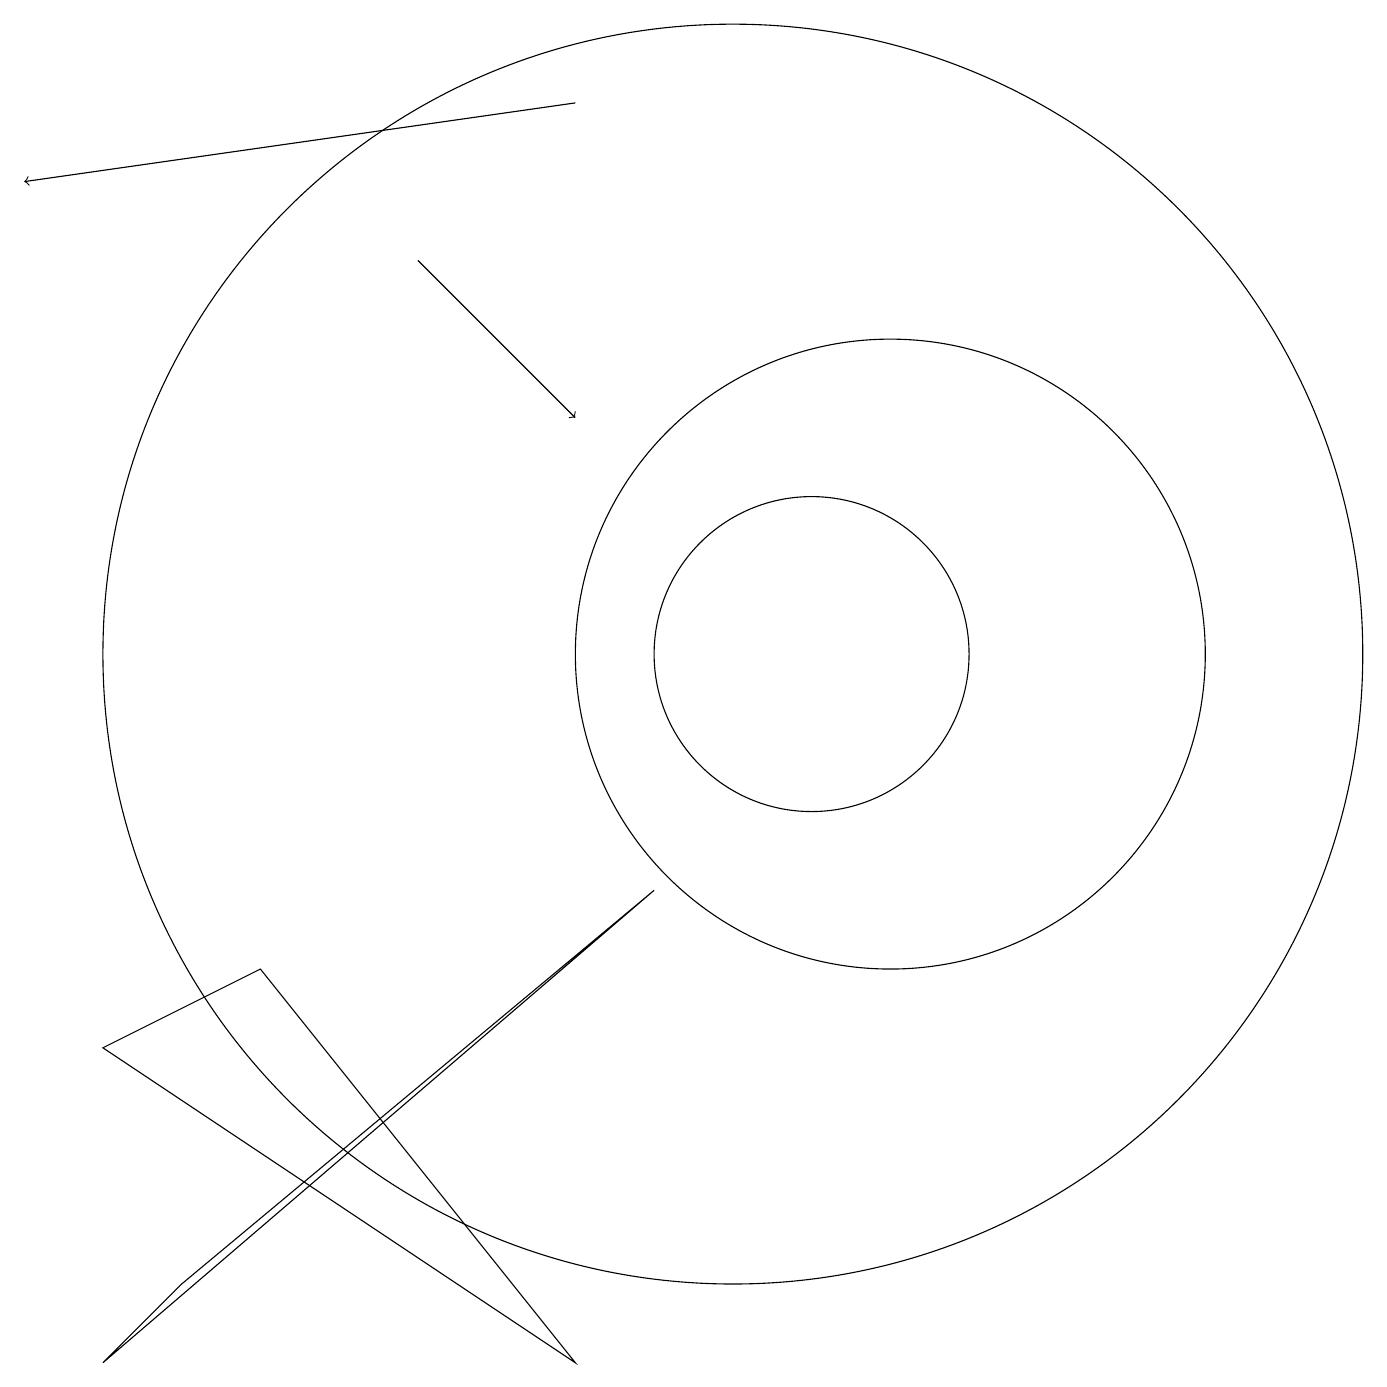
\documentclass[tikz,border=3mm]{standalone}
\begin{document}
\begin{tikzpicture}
\draw (8,2) -- (4,7) -- (2,6) -- cycle;
\draw[->] (6,16) -- (8,14);
\draw[->] (8,18) -- (1,17);
\draw (9,8) -- (3,3) -- (2,2) -- cycle;
\draw (10,11) circle (8);
\draw (11,11) circle (2);
\draw (12,11) circle (4);
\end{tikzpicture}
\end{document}